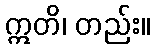
ဣတိ၊ တည်း။